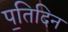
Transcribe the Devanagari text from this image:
प॒तिदिन